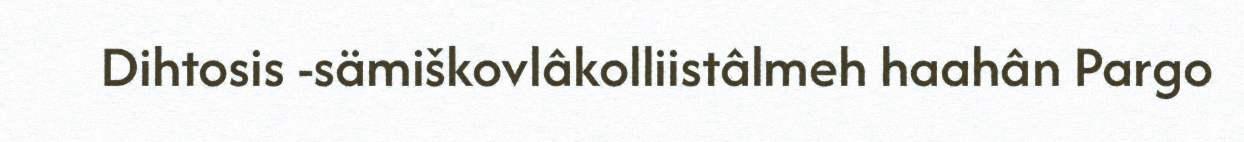
Dihtosis -sämiškovlâkolliistâlmeh haahân Pargo